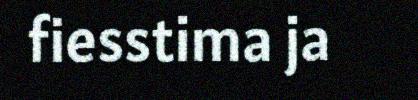
fiesstima ja